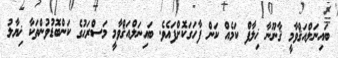
ބައިނަލްއަޤްވާމީ ޤާނޫނާ ޚިލާފް ކަމެއް ކަން ފާހަގަކޮށްފައެވެ. ބައިނަލްއަޤްވާމީ މަސްރަޙުގެ ކަންބޮޑުވުންތަކާ ޚިޔާލު